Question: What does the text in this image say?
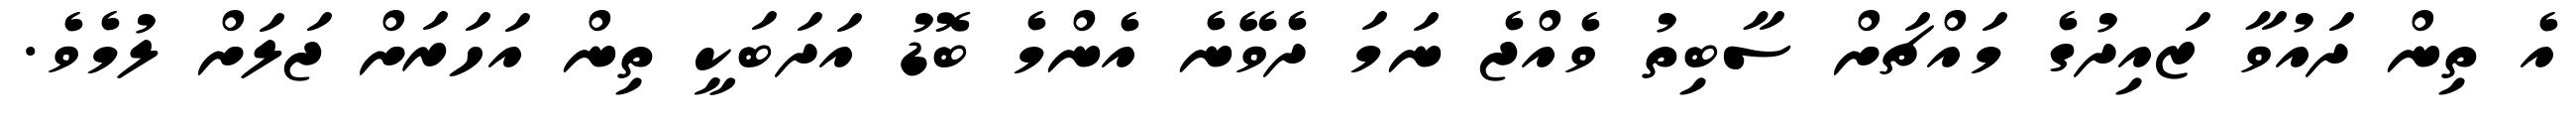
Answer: އެ ތިން ދައުވާ ޒައިދުގެ މައްޗަށް ސާބިތު ވެއްޖެ ނަމަ ދެވޭނެ އެންމެ ބޮޑު އަދަބަކީ ތިން އަހަރަށް ޖަލަށް ލުމެވެ.